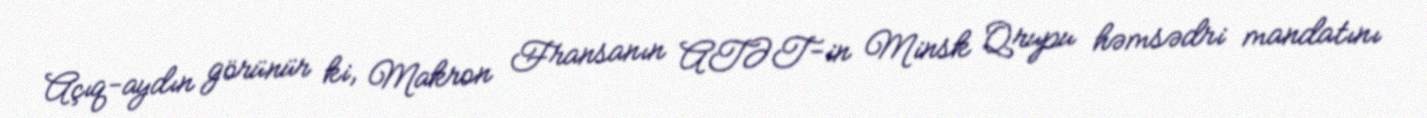
Açıq-aydın görünür ki, Makron Fransanın ATƏT-in Minsk Qrupu həmsədri mandatını